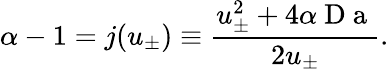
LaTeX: \alpha-1=j(u_{\pm})\equiv\frac{u_{\pm}^{2}+4\alpha\mathrm{~D~a~}}{2u_{\pm}}.